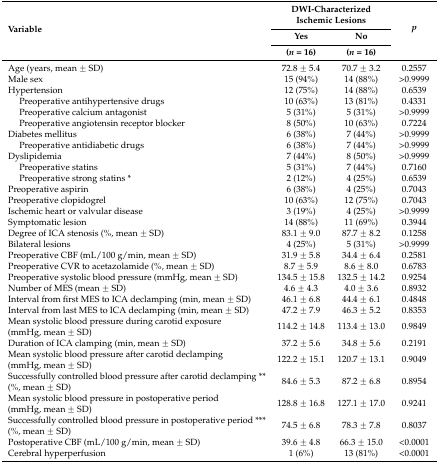
<table><thead><tr><td rowspan="3"><b>Variable</b></td><td colspan="2"><b>DWI-Characterized Ischemic Lesions</b></td><td rowspan="3"><b><i>p</i></b></td></tr><tr><td><b>Yes</b></td><td><b>No</b></td></tr><tr><td><b>(<i>n</i> = 16)</b></td><td><b>(<i>n</i> = 16)</b></td></tr></thead><tbody><tr><td>Age (years, mean ± SD)</td><td>72.8 ± 5.4</td><td>70.7 ± 3.2</td><td>0.2557</td></tr><tr><td>Male sex</td><td>15 (94%)</td><td>14 (88%)</td><td>&gt;0.9999</td></tr><tr><td>Hypertension</td><td>12 (75%)</td><td>14 (88%)</td><td>0.6539</td></tr><tr><td>Preoperative antihypertensive drugs</td><td>10 (63%)</td><td>13 (81%)</td><td>0.4331</td></tr><tr><td>Preoperative calcium antagonist</td><td>5 (31%)</td><td>5 (31%)</td><td>&gt;0.9999</td></tr><tr><td>Preoperative angiotensin receptor blocker</td><td>8 (50%)</td><td>10 (63%)</td><td>0.7224</td></tr><tr><td>Diabetes mellitus</td><td>6 (38%)</td><td>7 (44%)</td><td>&gt;0.9999</td></tr><tr><td>Preoperative antidiabetic drugs</td><td>6 (38%)</td><td>7 (44%)</td><td>&gt;0.9999</td></tr><tr><td>Dyslipidemia</td><td>7 (44%)</td><td>8 (50%)</td><td>&gt;0.9999</td></tr><tr><td>Preoperative statins</td><td>5 (31%)</td><td>7 (44%)</td><td>0.7160</td></tr><tr><td>Preoperative strong statins *</td><td>2 (12%)</td><td>4 (25%)</td><td>0.6539</td></tr><tr><td>Preoperative aspirin</td><td>6 (38%)</td><td>4 (25%)</td><td>0.7043</td></tr><tr><td>Preoperative clopidogrel</td><td>10 (63%)</td><td>12 (75%)</td><td>0.7043</td></tr><tr><td>Ischemic heart or valvular disease</td><td>3 (19%)</td><td>4 (25%)</td><td>&gt;0.9999</td></tr><tr><td>Symptomatic lesion</td><td>14 (88%)</td><td>11 (69%)</td><td>0.3944</td></tr><tr><td>Degree of ICA stenosis (%, mean ± SD)</td><td>83.1 ± 9.0</td><td>87.7 ± 8.2</td><td>0.1258</td></tr><tr><td>Bilateral lesions</td><td>4 (25%)</td><td>5 (31%)</td><td>&gt;0.9999</td></tr><tr><td>Preoperative CBF (mL/100 g/min, mean ± SD)</td><td>31.9 ± 5.8</td><td>34.4 ± 6.4</td><td>0.2581</td></tr><tr><td>Preoperative CVR to acetazolamide (%, mean ± SD)</td><td>8.7 ± 5.9</td><td>8.6 ± 8.0</td><td>0.6783</td></tr><tr><td>Preoperative systolic blood pressure (mmHg, mean ± SD)</td><td>134.5 ± 15.8</td><td>132.5 ± 14.2</td><td>0.9254</td></tr><tr><td>Number of MES (mean ± SD)</td><td>4.6 ± 4.3</td><td>4.0 ± 3.6</td><td>0.8932</td></tr><tr><td>Interval from first MES to ICA declamping (min, mean ± SD)</td><td>46.1 ± 6.8</td><td>44.4 ± 6.1</td><td>0.4848</td></tr><tr><td>Interval from last MES to ICA declamping (min, mean ± SD)</td><td>47.2 ± 7.9</td><td>46.3 ± 5.2</td><td>0.8353</td></tr><tr><td>Mean systolic blood pressure during carotid exposure (mmHg, mean ± SD)</td><td>114.2 ± 14.8</td><td>113.4 ± 13.0</td><td>0.9849</td></tr><tr><td>Duration of ICA clamping (min, mean ± SD)</td><td>37.2 ± 5.6</td><td>34.8 ± 5.6</td><td>0.2191</td></tr><tr><td>Mean systolic blood pressure after carotid declamping (mmHg, mean ± SD)</td><td>122.2 ± 15.1</td><td>120.7 ± 13.1</td><td>0.9049</td></tr><tr><td>Successfully controlled blood pressure after carotid declamping ** (%, mean ± SD)</td><td>84.6 ± 5.3</td><td>87.2 ± 6.8</td><td>0.8954</td></tr><tr><td>Mean systolic blood pressure in postoperative period (mmHg, mean ± SD)</td><td>128.8 ± 16.8</td><td>127.1 ± 17.0</td><td>0.9241</td></tr><tr><td>Successfully controlled blood pressure in postoperative period *** (%, mean ± SD)</td><td>74.5 ± 6.8</td><td>78.3 ± 7.8</td><td>0.8037</td></tr><tr><td>Postoperative CBF (mL/100 g/min, mean ± SD)</td><td>39.6 ± 4.8</td><td>66.3 ± 15.0</td><td>&lt;0.0001</td></tr><tr><td>Cerebral hyperperfusion</td><td>1 (6%)</td><td>13 (81%)</td><td>&lt;0.0001</td></tr></tbody></table>